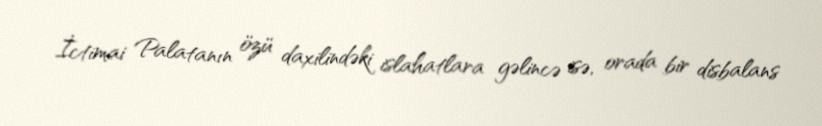
İctimai Palatanın özü daxilindəki islahatlara gəlincə isə, orada bir disbalans